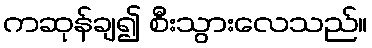
ကဆုန်ချ၍ စီးသွားလေသည်။